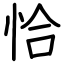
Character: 恰